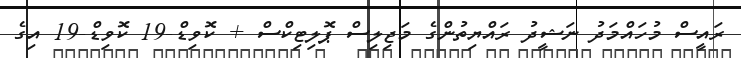
ރައީސް މުހައްމަދު ނަޝީދު ރައްޔިތުންގެ މަޖިލިސް ޕޮލިޓިކްސް + ކޮވިޑް-19 ކޮވިޑް-19 އިގެ